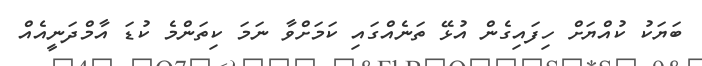
ބަޔަކު ކުއްޔަށް ހިފައިގެން އުޅޭ ތަނެއްގައި ކަމަށްވާ ނަމަ ކިތަންމެ ކުޑަ އާމްދަނީއެއް